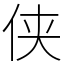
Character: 侠